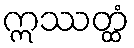
ဣဿတ္ထံ